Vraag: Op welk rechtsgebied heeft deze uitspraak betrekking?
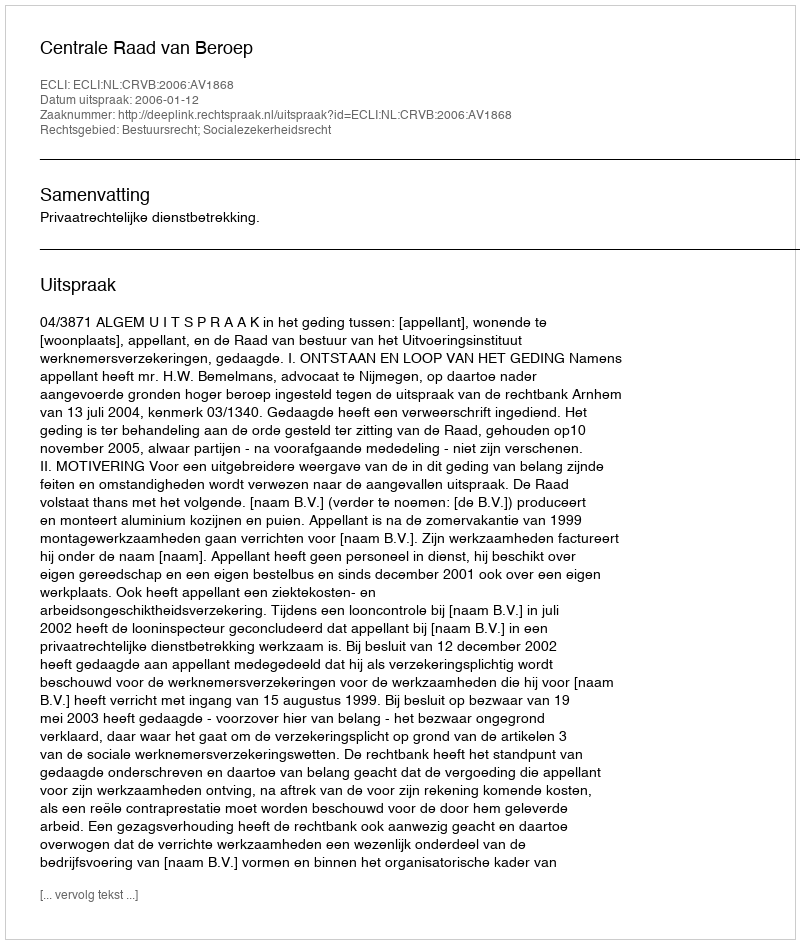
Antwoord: Bestuursrecht; Socialezekerheidsrecht